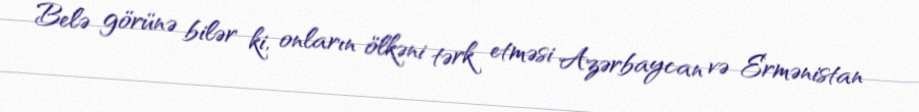
Belə görünə bilər ki, onların ölkəni tərk etməsi Azərbaycan və Ermənistan